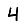
Digit: 4